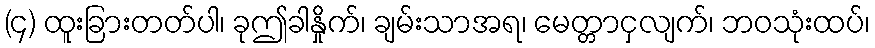
(၄) ထူးခြားတတ်ပါ၊ ခုဤခါနှိုက်၊ ချမ်းသာအရ၊ မေတ္တာငှလျက်၊ ဘဝသုံးထပ်၊